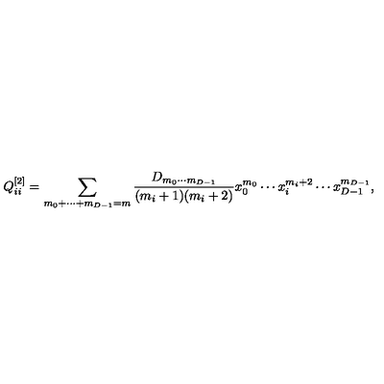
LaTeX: Q _ { i i } ^ { [ 2 ] } = \sum _ { m _ { 0 } + \cdots + m _ { { D - 1 } } = m } { \frac { D _ { m _ { 0 } \cdots m _ { { D - 1 } } } } { ( m _ { i } + 1 ) ( m _ { i } + 2 ) } } x _ { 0 } ^ { m _ { 0 } } \cdots x _ { i } ^ { m _ { i } + 2 } \cdots x _ { { D - 1 } } ^ { m _ { { D - 1 } } } ,